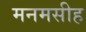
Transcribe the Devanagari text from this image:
मनमसीह